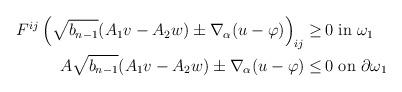
LaTeX: \begin{align*}\begin{aligned}F^{ij} \left(\sqrt{b_{n-1}} (A_1 v - A_2 w) \pm \nabla_\alpha (u - \varphi)\right)_{ij} \geq \,& 0 \mbox{ in } \omega_1\\ A \sqrt{b_{n-1}} (A_1 v - A_2 w) \pm \nabla_\alpha (u - \varphi) \leq \,& 0 \mbox{ on } \partial \omega_1\end{aligned}\end{align*}